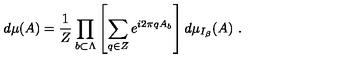
\left. d \mu ( A ) = \frac { 1 } { Z } \prod _ { b \subset \Lambda } \left[ \sum _ { q \in Z } e ^ { i 2 \pi q A _ { b } } \right] d \mu _ { I _ { \beta } } ( A ) \ . \right.